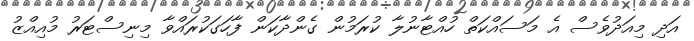
އަދި މިއަދުވެސް އެ މަސައްކަތް ހުއްޓާނުލާ ކުރަމުން ގެންދާކަން ފާހަގަކުރައްވާ މިނިސްޓަރު މުއިއްޒު